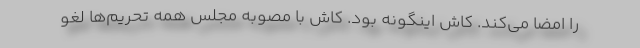
را امضا می‌کند. کاش اینگونه بود. کاش با مصوبه مجلس همه تحریم‌ها لغو